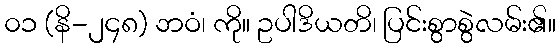
၀၁ (နိ-၂၄၈) ဘဝံ၊ ကို။ ဥပါဒိယတိ၊ ပြင်းစွာစွဲလမ်း၏။